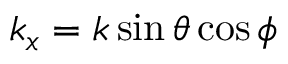
k _ { x } = k \sin \theta \cos \phi \,